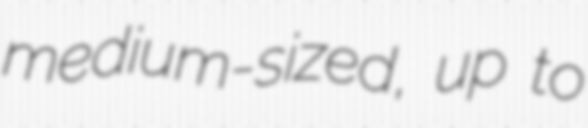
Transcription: medium-sized, up to